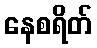
နေစရိတ်